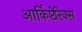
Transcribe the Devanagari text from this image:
आर्किप्टेरिक्स